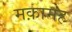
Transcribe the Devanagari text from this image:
मक़ामह